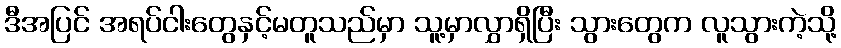
ဒီအပြင် အရပ်ငါးတွေနှင့်မတူသည်မှာ သူ့မှာလွှာရှိပြီး သွားတွေက လူသွားကဲ့သို့